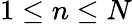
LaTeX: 1\le n\le N